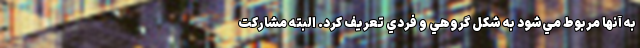
به آنها مربوط مي‌شود به شكل گروهي و فردي تعريف كرد. البته مشاركت